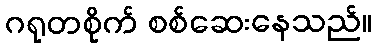
ဂရုတစိုက် စစ်ဆေးနေသည်။